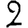
Digit: 2